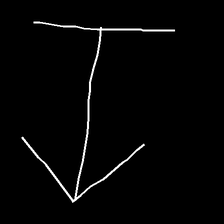
Glyph: levitation